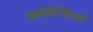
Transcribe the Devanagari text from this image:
फ्लोरेन्सियो